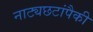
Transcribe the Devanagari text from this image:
नाट्यछटांपैकी